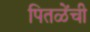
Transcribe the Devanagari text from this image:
पितळेंची